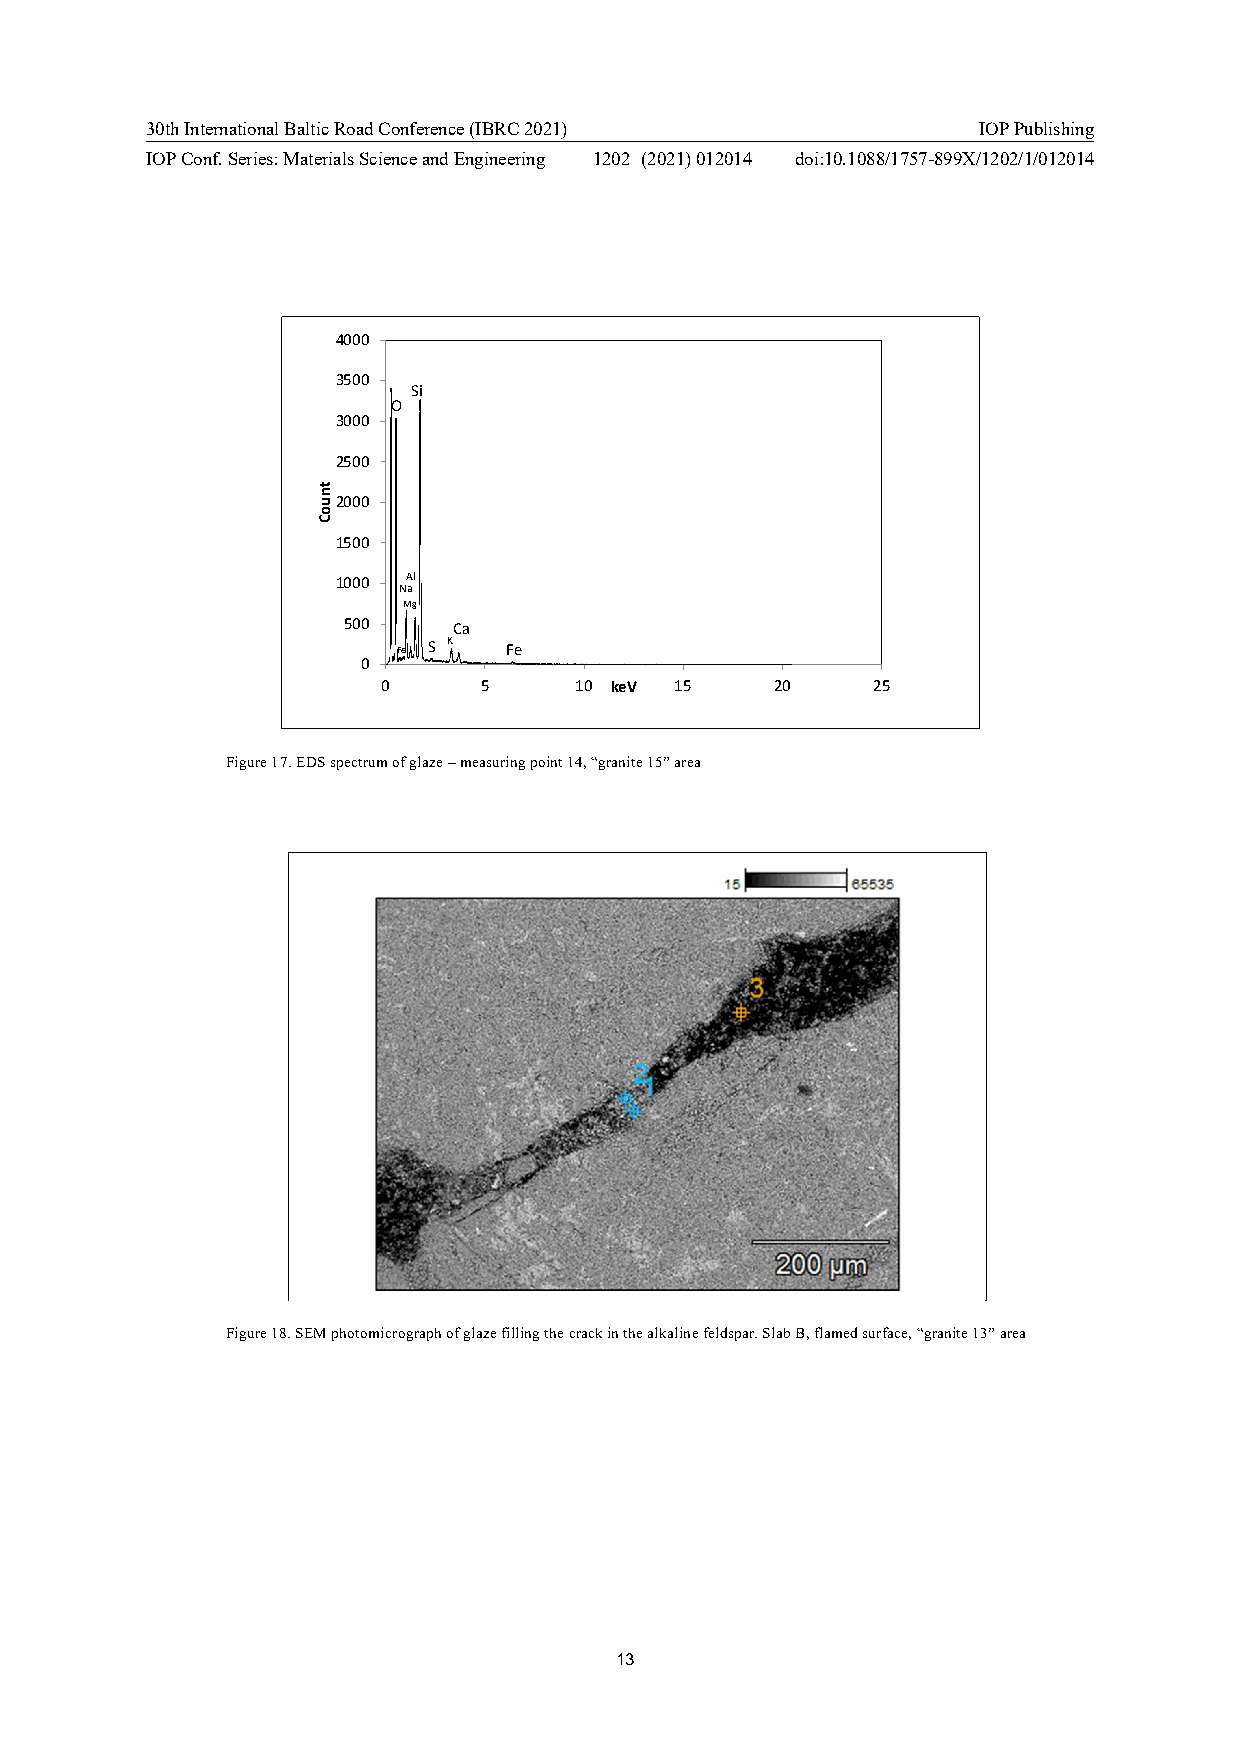
30th International Baltic Road Conference (IBRC 2021)  IOP Publishing
 IOP Conf. Series: Materials Science and Engineering 1202 (2021) 012014 doi:10.1088/1757-899X/1202/1/012014
 4000
 3500
 Si
 O
 3000
 2500
 2000
 1500
 1000 Al
 Na
 Mg
 500    Ca
 Fe S K  Fe
 0
 0      5     10 keV 15    20     25
 Figure 17. EDS spectrum of glaze – measuring point 14, “granite 15” area
 Figure 18. SEM photomicrograph of glaze filling the crack in the alkaline feldspar. Slab B, flamed surface, “granite 13” area
 13
 tnuoC